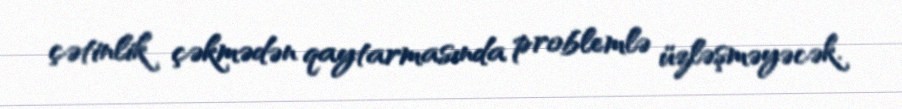
çətinlik çəkmədən qaytarmasında problemlə üzləşməyəcək.